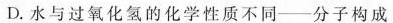
D.水与过氧化氢的化学性质不同——分子构成